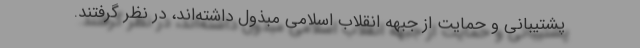
پشتیبانی و حمایت از جبهه انقلاب اسلامی مبذول داشته‌اند، در نظر گرفتند.